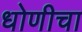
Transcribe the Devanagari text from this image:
धोणीचा